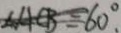
\angle A C B = 6 0 ^ { \circ }